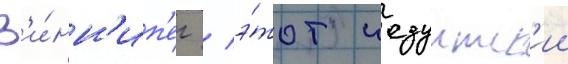
В'и́нн'ип'ег / э́тот иезуитск'ии